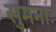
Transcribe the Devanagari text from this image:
सुमनाः